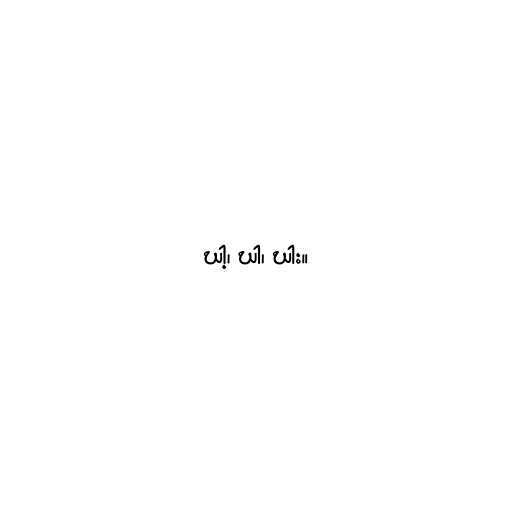
ဃါ့၊ ဃါ၊ ဃါး။